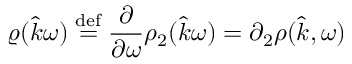
\varrho ( \hat { k } \omega ) \stackrel { \mathrm { d e f } } { = } \frac { \partial } { \partial \omega } \rho _ { 2 } ( \hat { k } \omega ) = \partial _ { 2 } \rho ( \hat { k } , \omega )